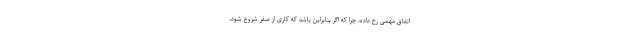
اتفاق مهمی رخ داده، چرا که اگر بنابراین باشد که کاری از صفر شروع شود،